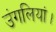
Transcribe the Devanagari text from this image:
उंगलियां।